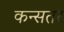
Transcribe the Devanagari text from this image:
कन्सतर